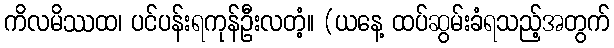
ကိလမိဿထ၊ ပင်ပန်းရကုန်ဦးလတံ့။ (ယနေ့ ထပ်ဆွမ်းခံရသည့်အတွက်